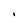
Character: i